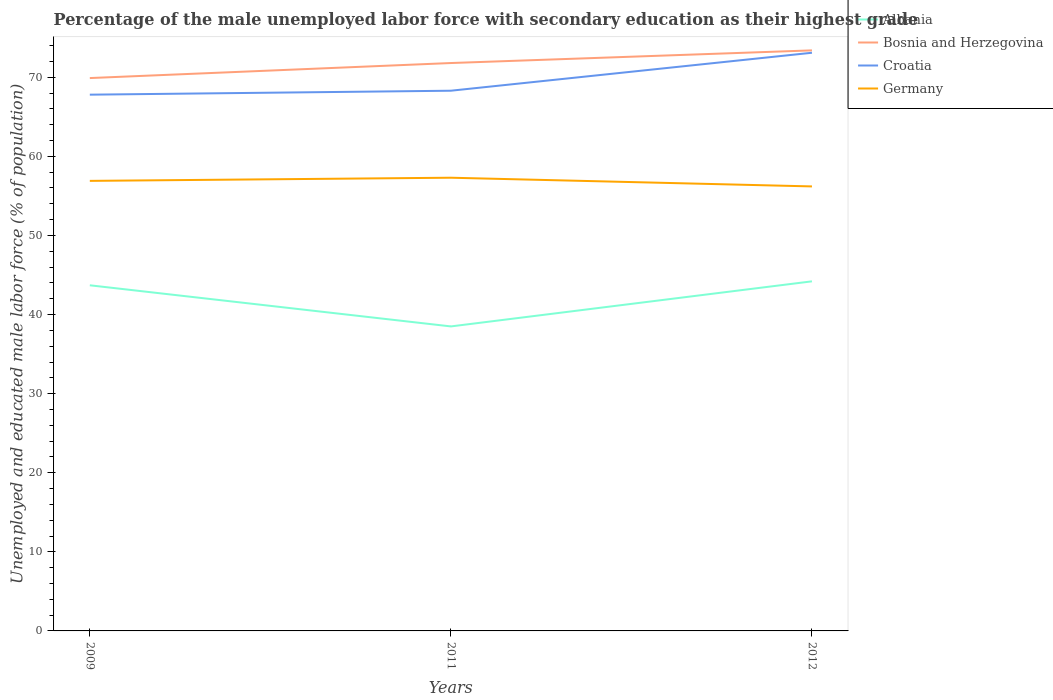
| Years | Albania | Bosnia and Herzegovina | Croatia | Germany |
 | --- | --- | --- | --- | --- |
 | 2009 | 43.7 | 69.9 | 67.8 | 56.9 |
 | 2011 | 38.5 | 71.8 | 68.3 | 57.3 |
 | 2012 | 44.2 | 73.4 | 73.1 | 56.2 |